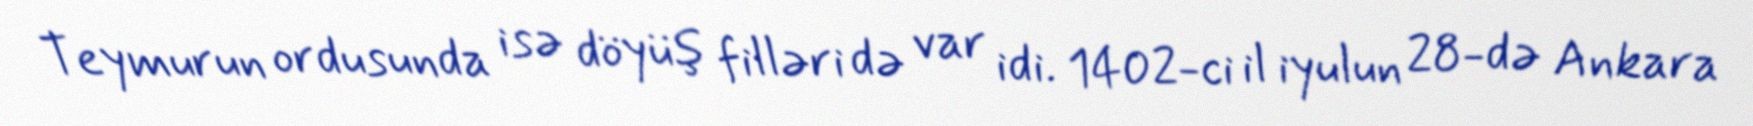
Teymurun ordusunda isə döyüş filləri də var idi. 1402-ci il iyulun 28-də Ankara